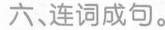
六连词成句。